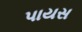
પાયસ